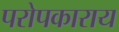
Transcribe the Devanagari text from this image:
परोपकाराय